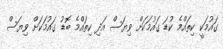
ގައުމަކީ ކިތައްމެ ކުޑަ ގައުމަކަށް ވިޔަަސް އަދި ކިތައްމެ ބޮޑު ގައުމަކަށް ވިޔަސް